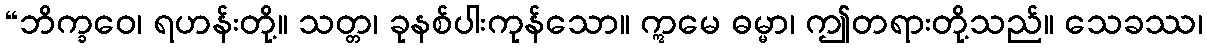
“ဘိက္ခဝေ၊ ရဟန်းတို့။ သတ္တ၊ ခုနစ်ပါးကုန်သော။ ဣမေ ဓမ္မာ၊ ဤတရားတို့သည်။ သေခဿ၊